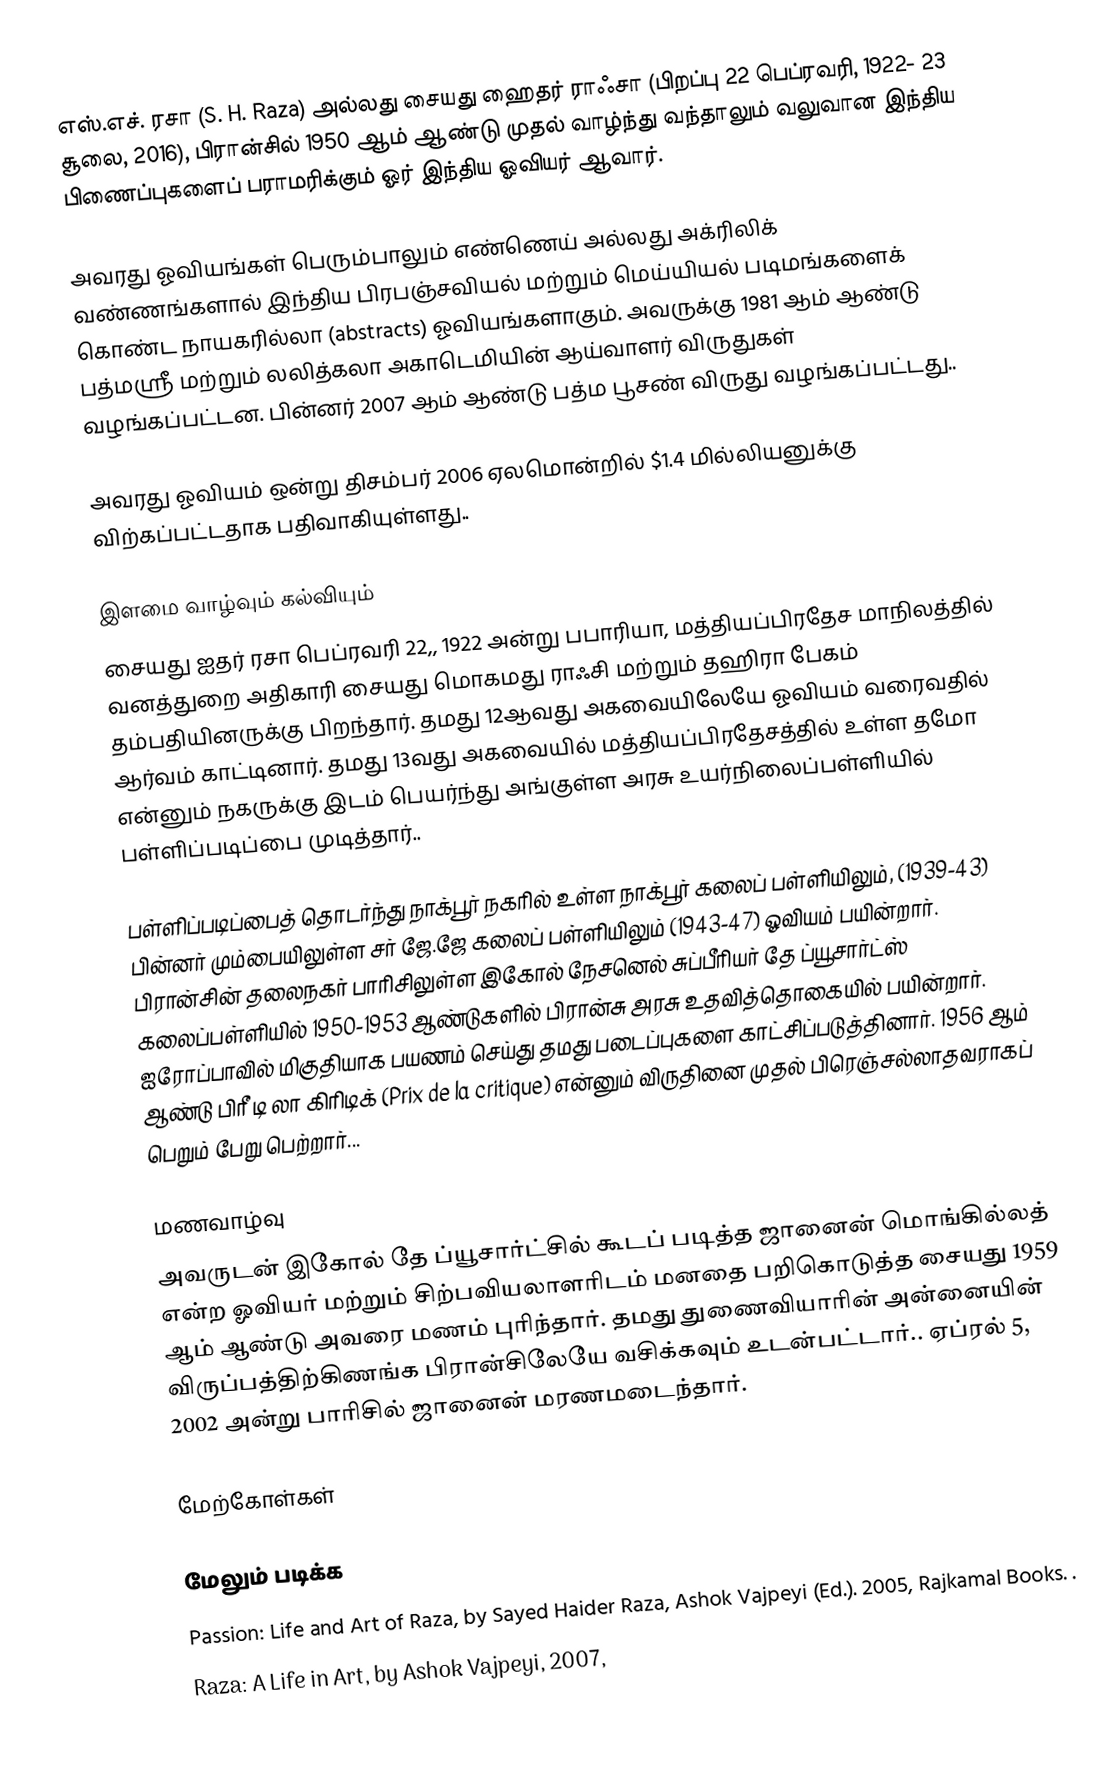
எஸ்.எச். ரசா (S. H. Raza) அல்லது சையது ஹைதர் ராஃசா (பிறப்பு 22 பெப்ரவரி, 1922- 23 சூலை, 2016), பிரான்சில் 1950 ஆம் ஆண்டு முதல் வாழ்ந்து வந்தாலும் வலுவான இந்திய பிணைப்புகளைப் பராமரிக்கும் ஓர் இந்திய ஓவியர் ஆவார்.

அவரது ஓவியங்கள் பெரும்பாலும் எண்ணெய் அல்லது அக்ரிலிக் வண்ணங்களால் இந்திய பிரபஞ்சவியல் மற்றும் மெய்யியல் படிமங்களைக் கொண்ட நாயகரில்லா (abstracts) ஓவியங்களாகும். அவருக்கு 1981 ஆம் ஆண்டு பத்மஸ்ரீ மற்றும் லலித்கலா அகாடெமியின் ஆய்வாளர் விருதுகள் வழங்கப்பட்டன. பின்னர் 2007 ஆம் ஆண்டு பத்ம பூசண் விருது வழங்கப்பட்டது..

அவரது ஓவியம் ஒன்று திசம்பர் 2006 ஏலமொன்றில் $1.4 மில்லியனுக்கு விற்கப்பட்டதாக பதிவாகியுள்ளது..

இளமை வாழ்வும் கல்வியும்
சையது ஐதர் ரசா பெப்ரவரி 22,, 1922 அன்று பபாரியா, மத்தியப்பிரதேச மாநிலத்தில் வனத்துறை அதிகாரி சையது மொகமது ராஃசி மற்றும் தஹிரா பேகம் தம்பதியினருக்கு பிறந்தார். தமது 12ஆவது அகவையிலேயே ஓவியம் வரைவதில் ஆர்வம் காட்டினார். தமது 13வது அகவையில் மத்தியப்பிரதேசத்தில் உள்ள தமோ என்னும் நகருக்கு இடம் பெயர்ந்து அங்குள்ள அரசு உயர்நிலைப்பள்ளியில் பள்ளிப்படிப்பை முடித்தார்..

பள்ளிப்படிப்பைத் தொடர்ந்து நாக்பூர் நகரில் உள்ள நாக்பூர் கலைப் பள்ளியிலும், (1939-43) பின்னர் மும்பையிலுள்ள சர் ஜே.ஜே கலைப் பள்ளியிலும் (1943-47) ஓவியம் பயின்றார். பிரான்சின் தலைநகர் பாரிசிலுள்ள இகோல் நேசனெல் சுப்பீரியர் தே ப்யூசார்ட்ஸ் கலைப்பள்ளியில் 1950-1953 ஆண்டுகளில் பிரான்சு அரசு உதவித்தொகையில் பயின்றார். ஐரோப்பாவில் மிகுதியாக பயணம் செய்து தமது படைப்புகளை காட்சிப்படுத்தினார். 1956 ஆம் ஆண்டு பிரீ டி லா கிரிடிக் (Prix de la critique) என்னும் விருதினை முதல் பிரெஞ்சல்லாதவராகப் பெறும் பேறு பெற்றார்...

மணவாழ்வு
அவருடன் இகோல் தே ப்யூசார்ட்சில் கூடப் படித்த ஜானைன் மொங்கில்லத் என்ற ஓவியர் மற்றும் சிற்பவியலாளரிடம் மனதை பறிகொடுத்த சையது 1959 ஆம் ஆண்டு அவரை மணம் புரிந்தார். தமது துணைவியாரின் அன்னையின் விருப்பத்திற்கிணங்க பிரான்சிலேயே வசிக்கவும் உடன்பட்டார்.. ஏப்ரல் 5, 2002 அன்று பாரிசில் ஜானைன் மரணமடைந்தார்.

மேற்கோள்கள்

மேலும் படிக்க
 Passion: Life and Art of Raza, by Sayed Haider Raza, Ashok Vajpeyi (Ed.). 2005, Rajkamal Books. .
 Raza: A Life in Art, by Ashok Vajpeyi, 2007,